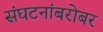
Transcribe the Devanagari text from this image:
संघटनांबरोबर